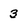
Character: 3